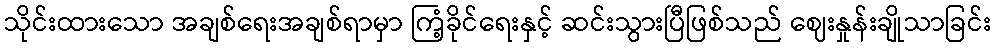
သိုင်းထားသော အချစ်ရေးအချစ်ရာမှာ ကြံ့ခိုင်ရေးနှင့် ဆင်းသွားပြီဖြစ်သည် ဈေးနှုန်းချိုသာခြင်း